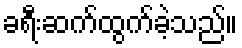
ခရီးဆက်ထွက်ခဲ့သည်။